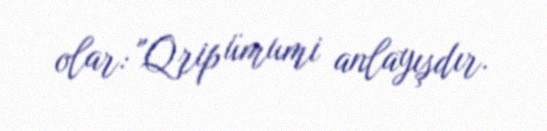
olar: "Qrip ümumi anlayışdır.